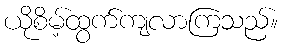
ယိုစိမ့်ထွက်ကျလာကြသည်။